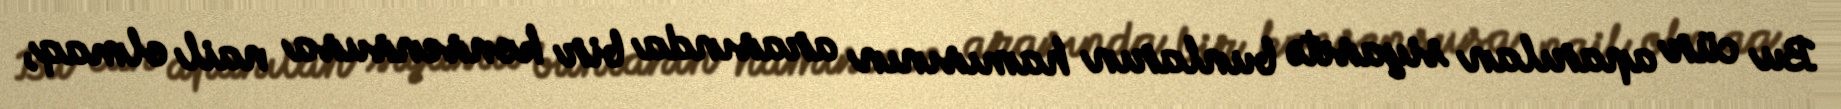
Bu cür aparılan siyasətə bunların hamısının arasında bir konsensusa nail olmaq,